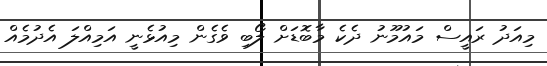
މިއަދު ރައީސް މައުމޫނު ދެކެ މާބޮޑަށް ލޯބި ވެގެން މިއުޅެނީ އަމިއްލަ އެދުމެއް